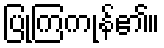
ပြုကြကုန်၏။